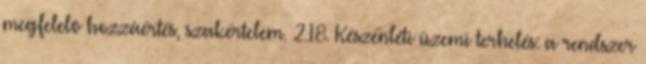
megfelelõ hozzáértés, szakértelem. 2.18. Készenléti üzemi terhelés: a rendszer